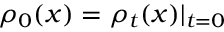
\rho _ { 0 } ( x ) = \rho _ { t } ( x ) | _ { t = 0 }